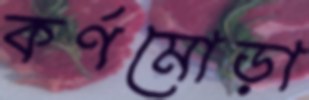
কর্ণমোড়া